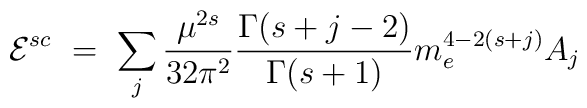
{\cal E}^{sc}\ =\ \sum_j\frac{\mu^{2s}}{32\pi^2}\frac{\Gamma(s+j-2)}{\Gamma(s+1)}m_e^{4-2(s+j)}A_j